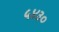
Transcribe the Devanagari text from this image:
५४३०